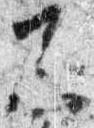
不